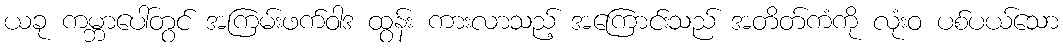
ယခု ကမ္ဘာပေါ်တွင် အကြမ်းဖက်ဝါဒ ထွန်း ကားလာသည့် အကြောင်းသည် အတိတ်ကံကို လုံးဝ ပစ်ပယ်သော